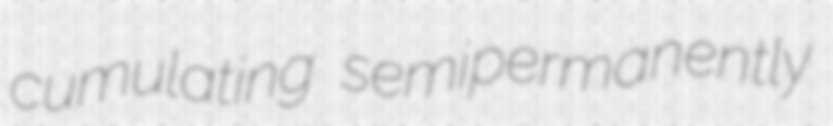
cumulating semipermanently